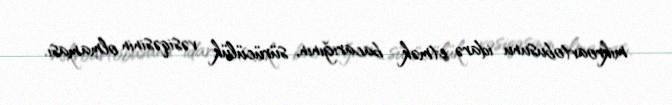
mikroavtobusunu idarə etmək bacarığının, sürücülük vəsiqəsinin olmaması.